Insane asylums in Bengal annual reports 1876-1887 - 1876-1887
Year: 1876
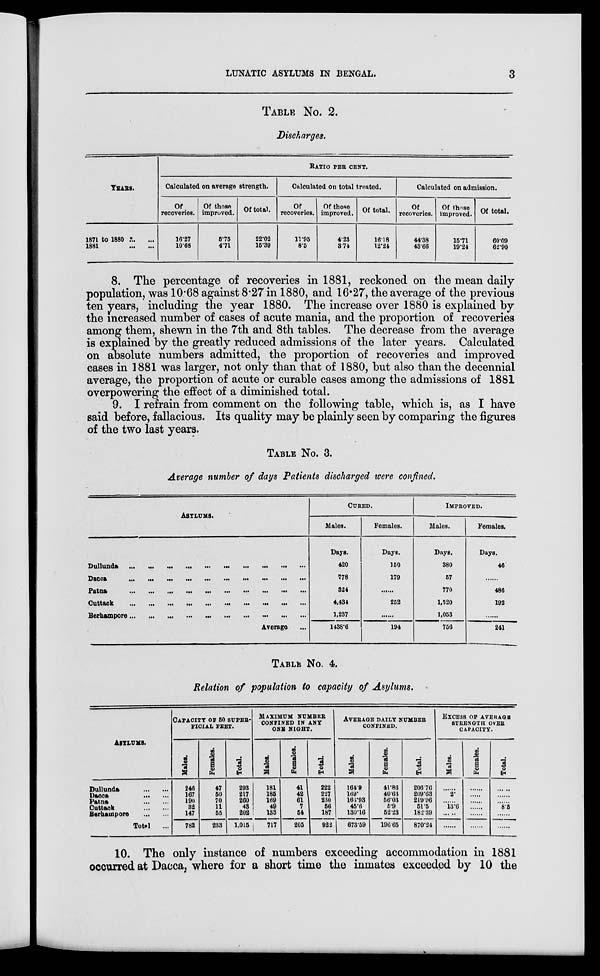
LUNATIC ASYLUMS IN BENGAL.
3
TABLE No. 2.
Discharges.
YEARS.
1871 to 1880 ... ...
1881
...
...
RATIO PER CENT.
Calculated on average strength.
Of
recoveries.
16.27
10.68
Of those
improved.
5.75
4.71
Of total.
22.02
15.39
Calculated on total treated.
Of
recoveries.
11.95
8.5
Of those
improved.
4.23
3.71
Of total.
16.18
12.24
Calculated on admission.
Of
recoveries.
44.38
43-66
Of those
improved.
15.71
19.24
Of total.
60*09
62.90
8. The percentage of recoveries in 1881, reckoned on the mean daily-
population, was 10.68 against 8.27 in 1880, and 16.27, the average of the previous
ten years, including the year 1880. The increase over 1880 is explained by
the increased number of cases of acute mania, and the proportion of recoveries
among them, shewn in the 7th and 8th tables. The decrease from the average
is explained by the greatly reduced admissions of the later years. Calculated
on absolute numbers admitted, the proportion of recoveries and improved
cases in 1881 was larger, not only than that of 1880, but also than the decennial
average, the proportion of acute or curable cases among the admissions of 1881
overpowering the effect of a diminished total.
9. I refrain from comment on the following table, which is, as I have
said before, fallacious. Its quality may be plainly seen by comparing the figures
of the two last years.
TABLE No. 3.
Average number of days Patients discharged were confined.
ASYLUMS.
Dullunda
...
...
...
...
...
...
...
...
...
...
Dacca
...
...
...
...
...
...
...
...
...
...
Patna
... ... ... ...
...
...
... ... ... ...
Cuttack
. . .
...
...
...
...
...
...
...
... ...
Berhampore ...
... ...
...
...
...
...
...
...
...
Average ...
CURED.
Males.
Days.
420
778
324
4,434
1,237
1438.6
Females.
Days.
150
179
......
252
......
194
IMPROVED.
Males.
Days.
380
57
770
1,520
1,053
756
Females.
Days.
46
......
486
192
......
241
TABLE No. 4.
Relation of population to capacity of Asylums.
ASYLUMS.
Dullunda
...
...
Dacca ... ...
Patna ... ...
Cuttack ... ...
Berhampore ... ...
Total ...
CAPACITY OF 50 SUPER-
------ FEET.
Males.
246
167
190
32
147
782
Females.
47
50
70
11
55
233
Total.
293
217
260
43
202
1,015
MAXIMUM NUMBER
CONFINED IN ANY
ONE NIGHT.
Males.
181
185
169
49
133
717
Females.
41
42
61
7
54
205
Total.
222
227
230
56
187
922
AVERAGE DAILY NUMBER
CONFINED.
Males.
164.9
169.
163.93
45.6
130.16
673.59
Females.
41.86
40.63
56.03
5.9
52.23
196.65
Total.
206.76
209.63
219.96
51.5
182.39
870.24
EXCESS OF AVERAGE
STRENGTH OVER
CAPACITY.
Males.
......
2.
......
13.6
......
......
Females.
......
......
......
......
......
......
Total.
......
......
......
8.5
......
......
10. The only instance of numbers exceeding accommodation in 1881
occurred at Dacca, where for a short time the inmates exceeded by 10 the